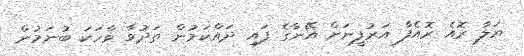
ޔަލާ ރޮއެ ރޮއެފާ އަރުފީނަށް އޭނާގެ ފައި ދައްކަމުން ތަދުވާ ވާހަކަ ބުނަމުން